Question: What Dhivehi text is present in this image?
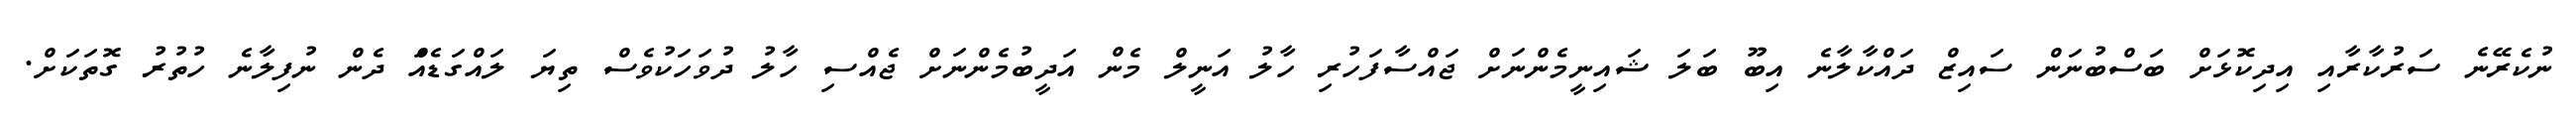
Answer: ނުކެރޭނެ ސަރުކާރާއި އިދިކޮޅަށް ބަސްބުނަން ސައިޒް ދައްކާލާނެ އިބޫ ބަލަ ޝައިނީމެންނަށް ޖައްސާފަހުރި ހާލު އަނީލް މެން އަދީބުމެންނަށް ޖެއްސި ހާލު ދުވަހަކުވެސް ތިޔަ ލައްގަޑެއްަ ދެން ނުފިލާނެ ހުތުރު ގޮތަކަށް.